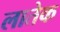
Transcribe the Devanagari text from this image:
लातेक